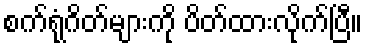
စက်ရုံဂိတ်များကို ပိတ်ထားလိုက်ပြီ။